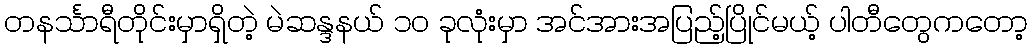
တနင်္သာရီတိုင်းမှာရှိတဲ့ မဲဆန္ဒနယ် ၁၀ ခုလုံးမှာ အင်အားအပြည့်ပြိုင်မယ့် ပါတီတွေကတော့